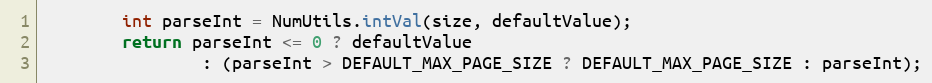
Language: Java
        int parseInt = NumUtils.intVal(size, defaultValue);
        return parseInt <= 0 ? defaultValue
                : (parseInt > DEFAULT_MAX_PAGE_SIZE ? DEFAULT_MAX_PAGE_SIZE : parseInt);